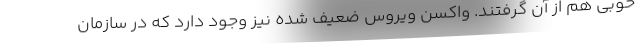
خوبی هم از آن گرفتند. واکسن ویروس ضعیف شده نیز وجود دارد که در سازمان